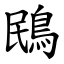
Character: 鴖